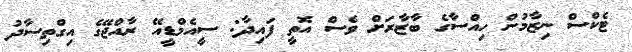
ޓެކްސް ނިޒާމުން ހިއްސާގެ ބާޒާރަށް ވެސް އޮތީ ފައިދާ: ސީއެމްޑީއޭ ރާއްޖޭގެ އިގްތިސާދު